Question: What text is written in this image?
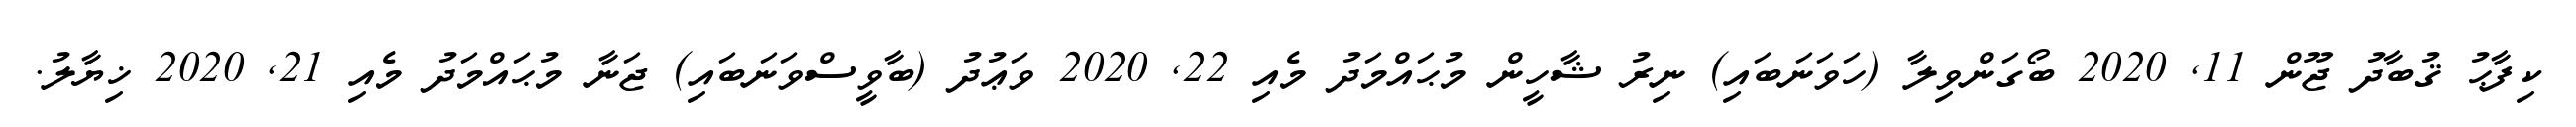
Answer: ކިފާޙު ޤުބާދު ޖޫން 11, 2020 ބޯގަންވިލާ (ހަވަނަބައި) ނިރު ޝާހީން މުޙައްމަދު މެއި 22, 2020 ވަޢުދު (ބާވީސްވަނަބައި) ޖަނާ މުޙައްމަދު މެއި 21, 2020 ޚިޔާލު.